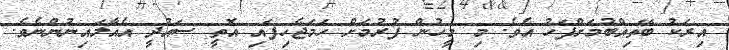
އިރަކު ބޭތިއްބުމަށްފަހު އެވެ. މި މީހުން ފުރުމަށް ހަމަޖެހިފައި އޮތީ ސައުދީ އެއާލައިނުންނެވެ.